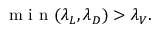
\textrm { m i n } ( \lambda _ { L } , \lambda _ { D } ) > \lambda _ { V } .